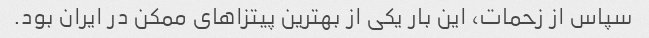
سپاس از زحمات، این بار یکی از بهترین پیتزاهای ممکن در ایران بود.